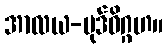
အာလယ-ပုဒ်ဝိဂ္ဂဟ။